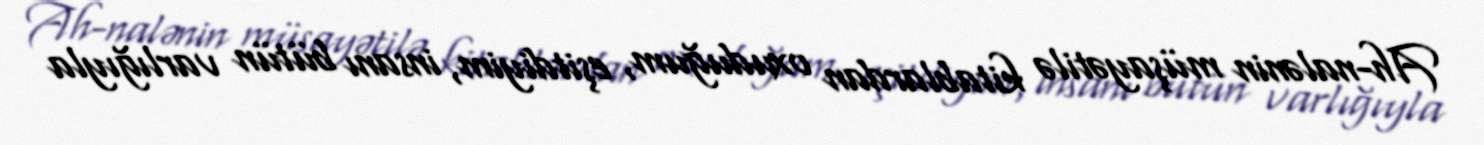
Ah-nalənin müşayətilə kitablardan oxuduğum, eşitdiyim, insanı bütün varlığıyla